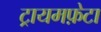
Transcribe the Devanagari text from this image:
ट्रायमफ़ेटा